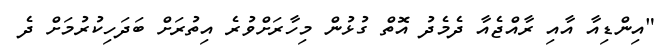
"އިންޑިއާ އާއި ރާއްޖެއާ ދެމެދު އޮތް ގުޅުން މިހާރަށްވުރެ އިތުރަށް ބަދަހިކުރުމަށް ދެ